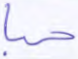
حبا